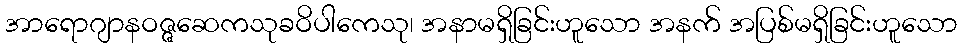
အာရောဂျာနဝဇ္ဇဆေကသုခဝိပါကေသု၊ အနာမရှိခြင်းဟူသော အနက် အပြစ်မရှိခြင်းဟူသော